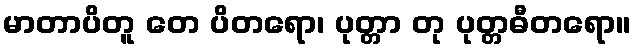
မာတာပိတူ တေ ပိတရော၊ ပုတ္တာ တု ပုတ္တဓီတရော။